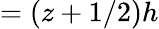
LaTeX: =(z+1/2)h